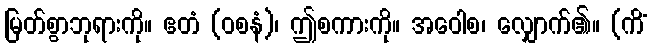
မြတ်စွာဘုရားကို။ ဧတံ (ဝစနံ)၊ ဤစကားကို။ အဝေါစ၊ လျှောက်၏။ (ကိံ